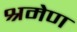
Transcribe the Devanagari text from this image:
श्रमेण